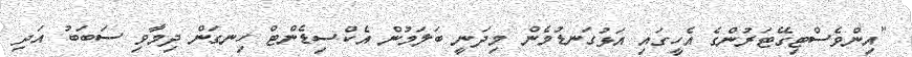
"އިންވެސްޓިގޭޓަރުންގެ އެހީގައި އަޅުގަނޑުމެން މިދަނީ ބަލަމުން އެކްސިޑެންޓް ހިނގަން ދިމާވި ސަބަބު އަދި